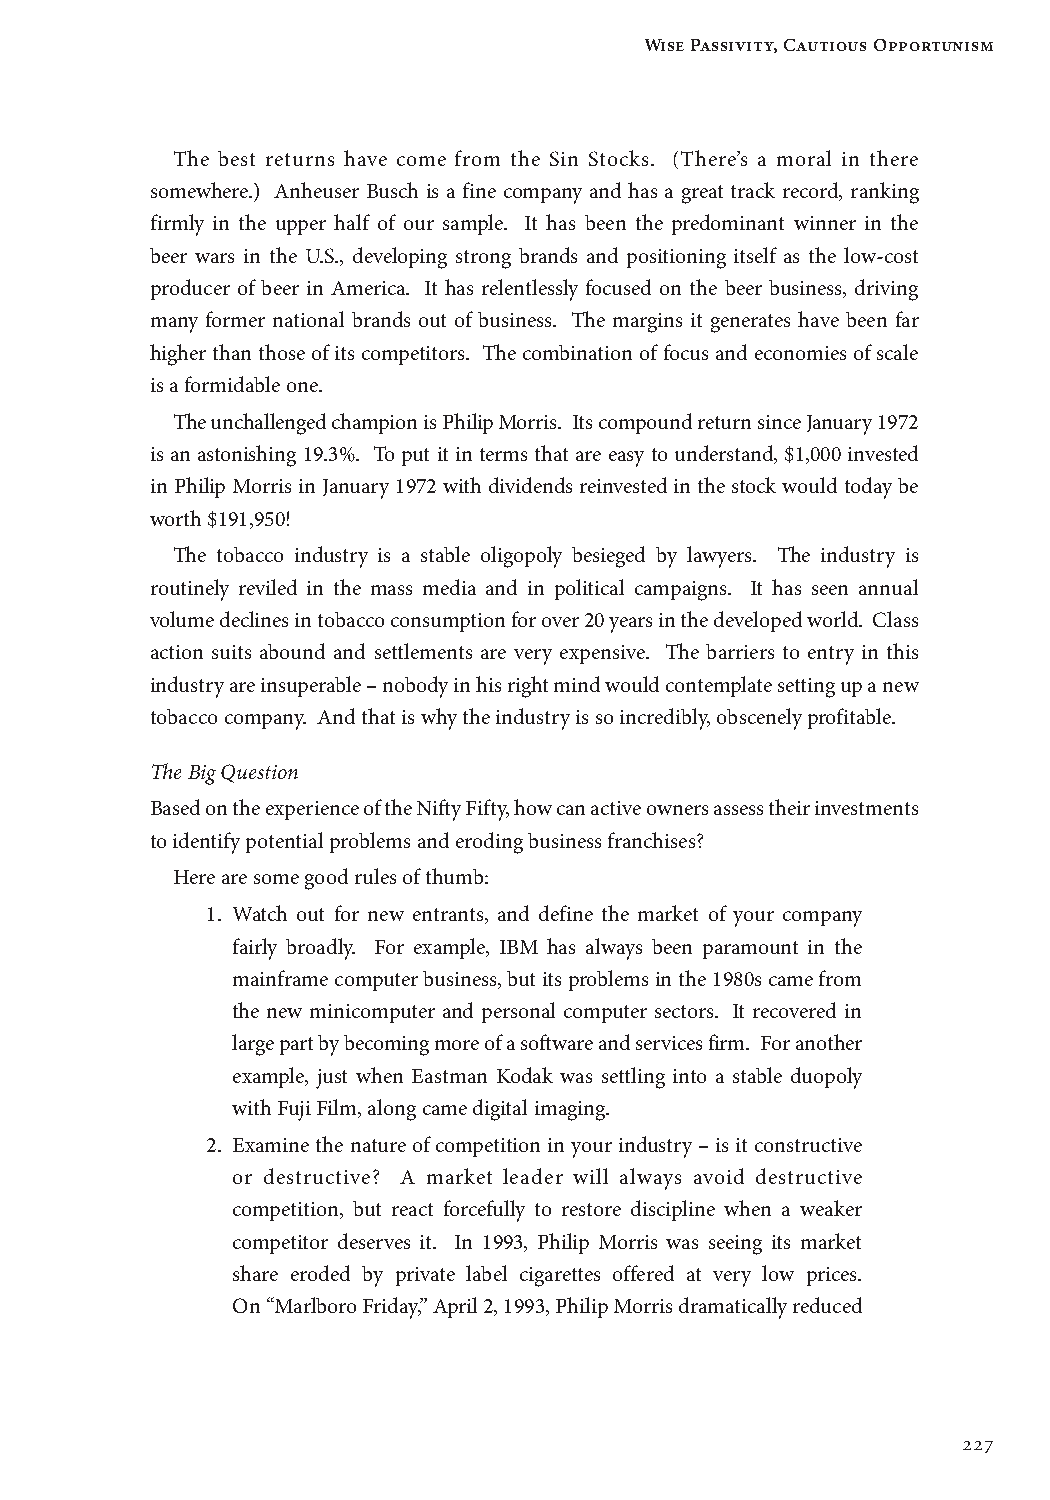
Wise Passivity, Cautious Opportunism
 The best returns have come from the Sin Stocks. (There’s a moral in there
 somewhere.) Anheuser Busch is a fine company and has a great track record, ranking
 firmly in the upper half of our sample. It has been the predominant winner in the
 beer wars in the U.S., developing strong brands and positioning itself as the low-cost
 producer of beer in America. It has relentlessly focused on the beer business, driving
 many former national brands out of business. The margins it generates have been far
 higher than those of its competitors. The combination of focus and economies of scale
 is a formidable one.
 The unchallenged champion is Philip Morris. Its compound return since January 1972
 is an astonishing 19.3%. To put it in terms that are easy to understand, $1,000 invested
 in Philip Morris in January 1972 with dividends reinvested in the stock would today be
 worth $191,950!
 The tobacco industry is a stable oligopoly besieged by lawyers. The industry is
 routinely reviled in the mass media and in political campaigns. It has seen annual
 volume declines in tobacco consumption for over 20 years in the developed world. Class
 action suits abound and settlements are very expensive. The barriers to entry in this
 industry are insuperable – nobody in his right mind would contemplate setting up a new
 tobacco company. And that is why the industry is so incredibly, obscenely profitable.
 The Big Question
 Based on the experience of the Nifty Fifty, how can active owners assess their investments
 to identify potential problems and eroding business franchises?
 Here are some good rules of thumb:
 1. Watch out for new entrants, and define the market of your company
 fairly broadly. For example, IBM has always been paramount in the
 mainframe computer business, but its problems in the 1980s came from
 the new minicomputer and personal computer sectors. It recovered in
 large part by becoming more of a software and services firm. For another
 example, just when Eastman Kodak was settling into a stable duopoly
 with Fuji Film, along came digital imaging.
 2. Examine the nature of competition in your industry – is it constructive
 or destructive? A market leader will always avoid destructive
 competition, but react forcefully to restore discipline when a weaker
 competitor deserves it. In 1993, Philip Morris was seeing its market
 share eroded by private label cigarettes offered at very low prices.
 On “Marlboro Friday,” April 2, 1993, Philip Morris dramatically reduced
 227